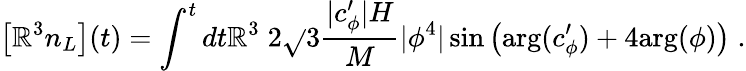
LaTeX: \left[\mathbb{R}^{3}n_{L}\right](t)=\int^{t}dt\mathbb{R}^{3}\; 2\sqrt{}{{3}}\frac{{|c_{\phi}^{\prime}|H}}{{M}}|\phi^{4}|\sin\left(\mathrm{{{arg}}}(c_{\phi}^{\prime})+4{\mathrm{{arg}}}(\phi)\right)\; .